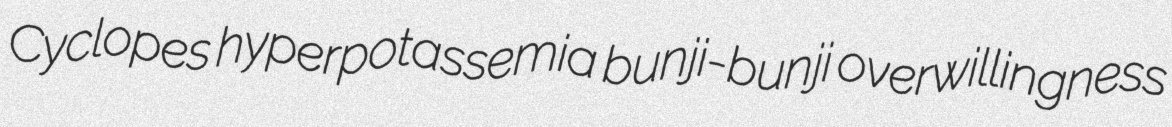
Cyclopes hyperpotassemia bunji-bunji overwillingness